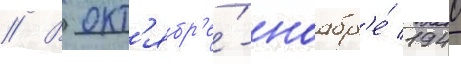
// В окт'ябр'е́-ноабр'е́ 1940